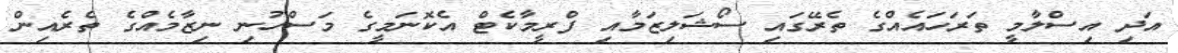
އަދި އިސްލާމީ ތަރަހައެއްގެ ތެރޭގައި ސޯޝަލިޒަމާއި ފްރީމާކެޓް އެކޮނަމީގެ މަސްހުނި ނިޒާމެއްގެ ތެރެއިން